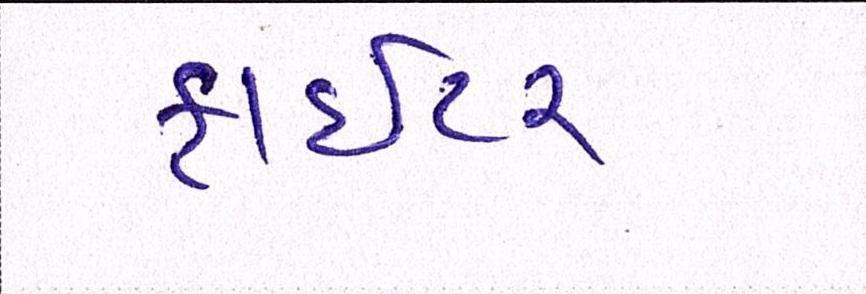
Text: ફાઈટર